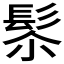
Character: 𩬯